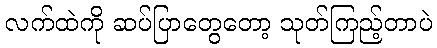
လက်ထဲကို ဆပ်ပြာတွေတော့ သုတ်ကြည့်တာပဲ